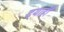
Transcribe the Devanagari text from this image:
दयाही